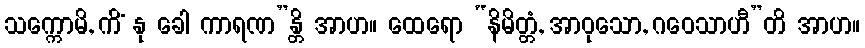
သက္ကောမိ, ကိံ နု ခေါ ကာရဏ”န္တိ အာဟ။ ထေရော “နိမိတ္တံ, အာဝုသော, ဂဝေသာဟီ”တိ အာဟ။